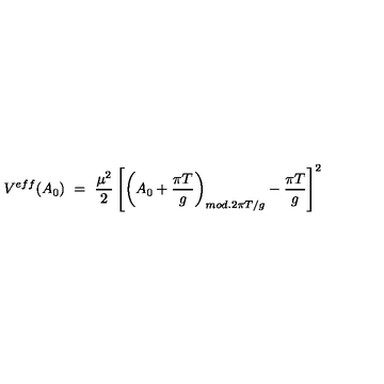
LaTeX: V ^ { e f f } ( A _ { 0 } ) \ = \ \frac { \mu ^ { 2 } } { 2 } \left[ \left( A _ { 0 } + \frac { \pi T } { g } \right) _ { m o d . { } 2 \pi T / g } - \frac { \pi T } { g } \right] ^ { 2 }